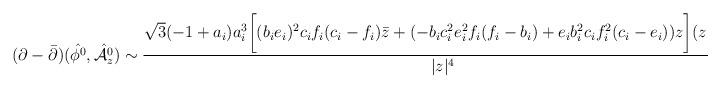
LaTeX: \begin{align*}(\partial-{\bar\partial})(\hat{{\cal\phi}^0},\hat{{\cal A}_z^0})\sim{\sqrt{3}(-1+a_i)a_i^3\biggl[(b_ie_i)^2c_if_i(c_i-f_i){\bar z}+(-b_ic_i^2e_i^2f_i(f_i-b_i)+ e_ib_i^2c_if_i^2(c_i-e_i))z\biggr](z-{\bar z})\over|z|^4},\end{align*}